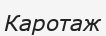
Каротаж